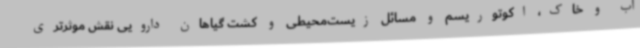
آب و خاک، اکوتوریسم و مسائل زیست‌محیطی و کشت گیاهان دارویی نقش موثرتری